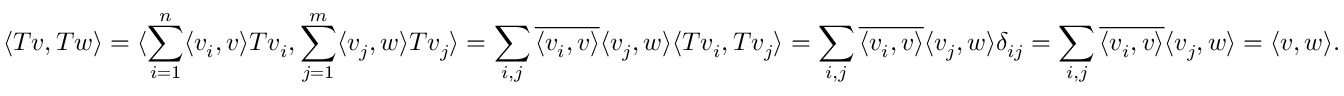
\langle T v , T w \rangle = \langle \sum _ { i = 1 } ^ { n } \langle v _ { i } , v \rangle T v _ { i } , \sum _ { j = 1 } ^ { m } \langle v _ { j } , w \rangle T v _ { j } \rangle = \sum _ { i , j } \overline { { \langle v _ { i } , v \rangle } } \langle v _ { j } , w \rangle \langle T v _ { i } , T v _ { j } \rangle = \sum _ { i , j } \overline { { \langle v _ { i } , v \rangle } } \langle v _ { j } , w \rangle \delta _ { i j } = \sum _ { i , j } \overline { { \langle v _ { i } , v \rangle } } \langle v _ { j } , w \rangle = \langle v , w \rangle .